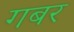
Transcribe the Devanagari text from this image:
गबर